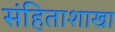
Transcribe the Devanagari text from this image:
संहिताशाखा